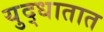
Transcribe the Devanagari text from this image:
युद्धातात